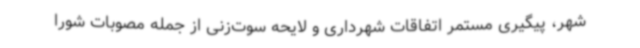
شهر، پیگیری مستمر اتفاقات شهرداری و لایحه سوت‌زنی از جمله مصوبات شورا